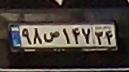
۹۸ص۱۴۷۳۴